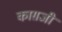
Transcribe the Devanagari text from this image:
काग़जी